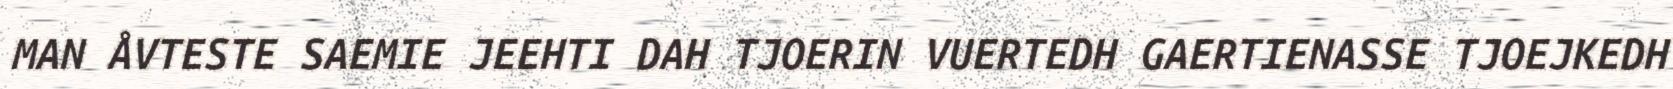
MAN ÅVTESTE SAEMIE JEEHTI DAH TJOERIN VUERTEDH GAERTIENASSE TJOEJKEDH